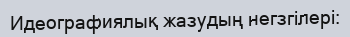
Идеографиялық жазудың негзгілері: